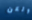
ولكن